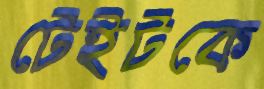
টেইটকে